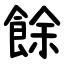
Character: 餘